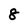
Character: 8